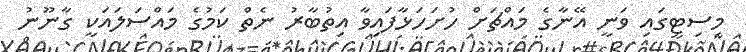
މިސިޓީގައި ވަނީ އޭނާގެ މައްޗަށް ހުށަހަޅާފައިވާ އިތުބާރު ނެތް ކަމުގެ މައްސަލައަކީ ގާނޫނު